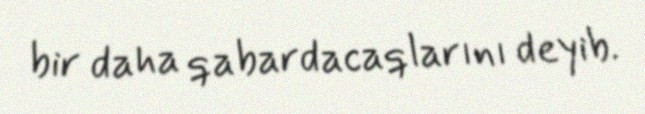
bir daha qabardacaqlarını deyib.